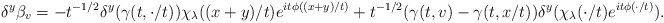
\begin{align*}\delta^y \beta_v = -t^{-1/2}\delta^y(\gamma(t, \cdot/t)) \chi_\lambda((x+y)/t)e^{it\phi((x + y)/t)} + t^{-1/2}(\gamma(t, v) - \gamma(t, x/t)) \delta^y (\chi_\lambda(\cdot/t)e^{it\phi(\cdot/t)}).\end{align*}